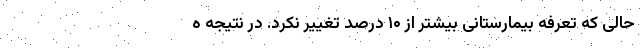
حالی که تعرفه‌ بیمارستانی بیشتر از ۱۰ درصد تغییر نکرد. در نتیجه ه